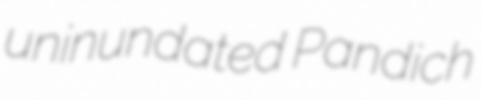
uninundated Pandich